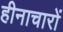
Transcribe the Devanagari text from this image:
हीनाचारों